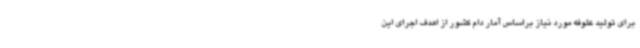
برای تولید علوفه مورد نیاز براساس آمار دام کشور از اهدف اجرای این